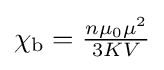
{\textstyle \chi _{\text{b}}={\frac {n\mu _{0}\mu ^{2}}{3KV}}}